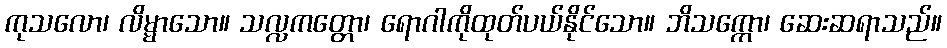
ကုသလော၊ လိမ္မာသော။ သလ္လကတ္တော၊ ရောဂါကိုထုတ်ပယ်နိုင်သော။ ဘိသက္ကော၊ ဆေးဆရာသည်။